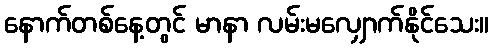
နောက်တစ်နေ့တွင် မာနာ လမ်းမလျှောက်နိုင်သေး။